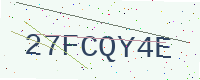
Text: 27FCQY4E